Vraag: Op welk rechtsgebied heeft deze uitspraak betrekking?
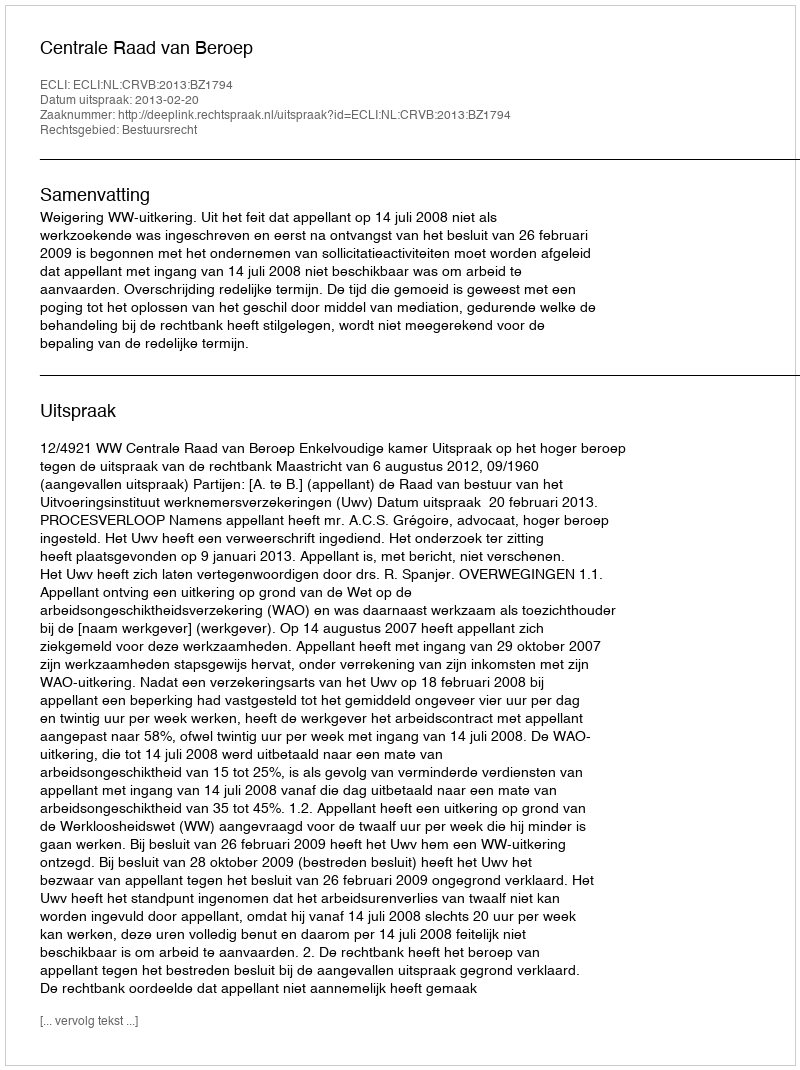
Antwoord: Bestuursrecht